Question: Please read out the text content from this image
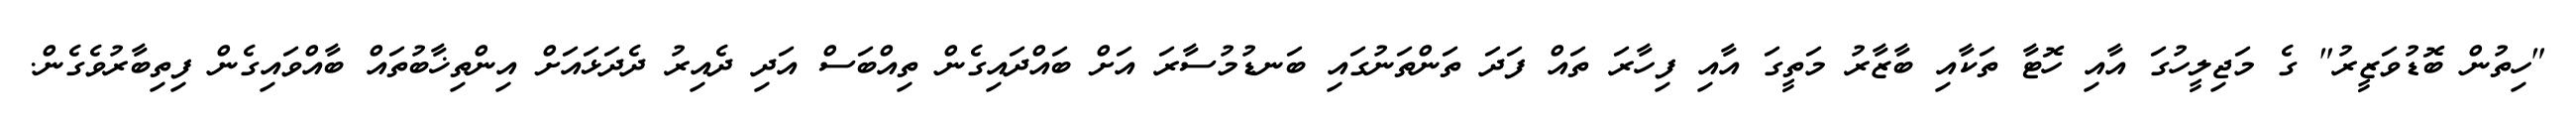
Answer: "ހިތުން ބޮޑުވަޒީރު" ގެ މަޖިލީހުގަ އާއި ހޮޓާ ތަކާއި ބާޒާރު މަތީގަ އާއި ފިހާރަ ތައް ފަދަ ތަންތަނުގައި ބަނޑުމުސާރަ އަށް ބައްދައިގެން ތިއްބަސް އަދި ދެއިރު ދެދަޅައަށް އިންތިޚާބުތައް ބާއްވައިގެން ފިތިބާރުވެގެން.